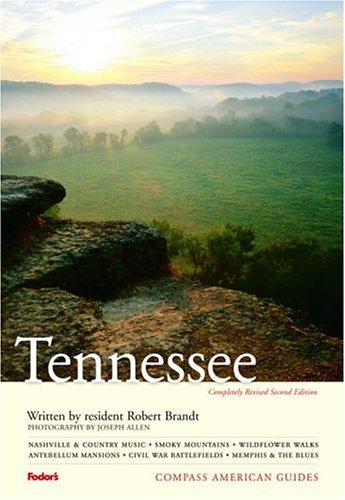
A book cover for Compass American Guides: Tennessee, 2nd Edition; Robert Brandt; Travel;